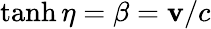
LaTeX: \operatorname{tanh}\eta=\beta=\mathbf{v}/c